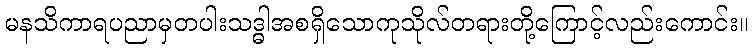
မနသိကာရပညာမှတပါးသဒ္ဓါအစရှိသောကုသိုလ်တရားတို့ကြောင့်လည်းကောင်း။